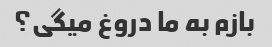
بازم به ما دروغ میگی؟